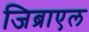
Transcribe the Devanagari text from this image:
जिब्राएल